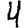
Digit: 4